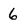
Character: 6